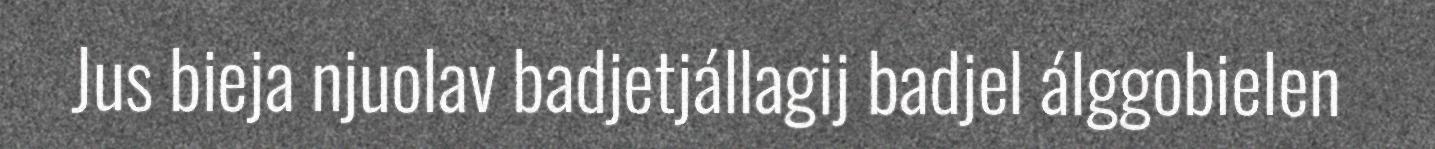
Jus bieja njuolav badjetjállagij badjel álggobielen